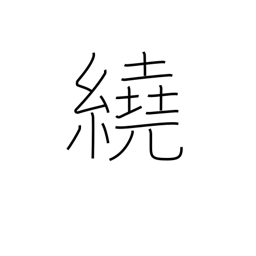
Meaning: surround